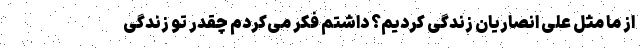
از ما مثل علی انصاریان زندگی کردیم؟ داشتم فکر می‌کردم چقدر تو زندگی